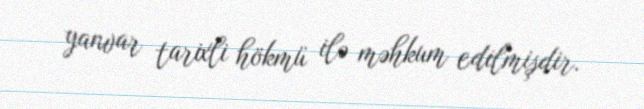
yanvar tarixli hökmü ilə məhkum edilmişdir.